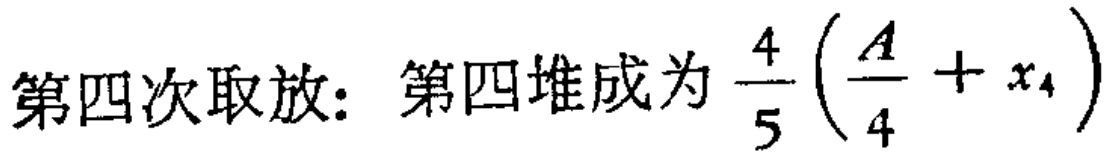
第四次取放：第四堆成为 $\frac{4}{5}\left(\frac{A}{4}+x_{4}\right)$